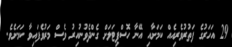
29 އަހަރުގެ ފަތުރުވެރިއެއް ކަމަށާއި އޭނާ ހޮސްޕިޓަލަށް ގެންދެވުނުއިރު ވެސް މަރުވެފައިވާ ކަމަށެވެ.